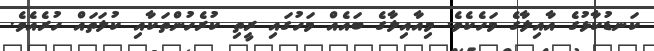
ކަނޑުކާޅުގެ އާއިލާގެ މަހެކެވެ. މިއާއިލާގެ ބައެއް މަހުގައި ރީތި ކުރެހުންތަކާއި ކުލަތައް ހުރެއެވެ.